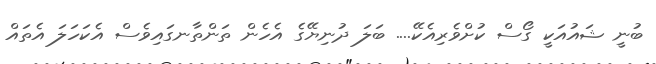
ބުނީ ޝައުއަކީ ގޯސް ކުށްވެރިއެކޭ.... ބަލަ ދުނިޔޭގެ އެހެން ތަންތާނގައިވެސް އެކަހަލަ އެތައް